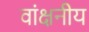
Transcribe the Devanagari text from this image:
वांक्षनीय